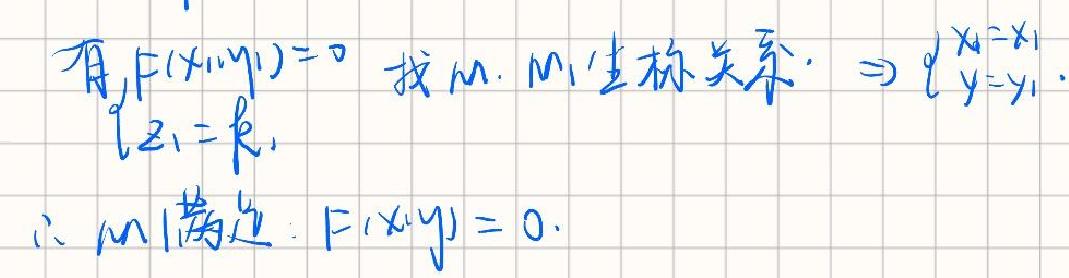
有,$F(x_1,y_1)=0$ 找 $M$. $M$ 坐标关系. $\Rightarrow \left\{\begin{array}{l}x = x_1\\y = y_1\end{array}\right.$
$z_1 = k_1$
$\therefore M$ 满足: $F(x,y)=0$